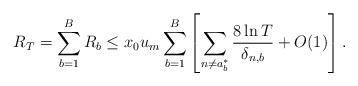
LaTeX: \begin{align*}R_{T} =\sum_{b=1}^{B}R_{b}\leq x_0u_m \sum_{b=1}^{B}\left[\sum_{n\neq a_b^*}\frac{8\ln T}{\delta_{n,b}} +O(1)\right].\end{align*}